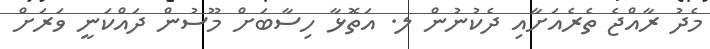
މެދު ރާއްޖެ ތެރެއަށާއި ދެކުނުން ލ. އަތޮޅާ ހިސާބަށް މޫސުން ދައްކަނީ ވަރަށް